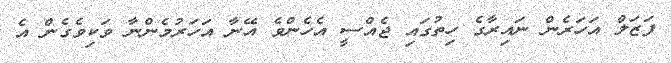
ފަޒަލް އަހަރެން ނައިރާގެ ހިތުގައި ޖެއްސީ އެހެންވެ އޭނާ އަހަރުމެންނާ ވަކިވެގެން އެ